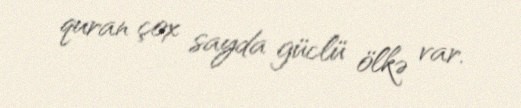
quran çox sayda güclü ölkə var.